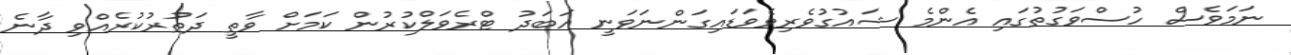
ނަމަވެސް ހުސްވަގުތުގައި އެންމެ ޝައުގުވެރިވެވަޑައިގަންނަވަނީ އަބަދު ޓްރެވަލްކުރުން ކަމަށް ވާތީ ދަތުރުކުރެއްވި ދާނެ